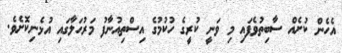
އެހެން ކުށެއް ސާބިތުވެފައި މި ވަނީ ކުރީގެ ހުކުމުގެ އިސްތިއުނާފު މަރުހަލާގައި އުޅެނިކޮށެވެ.